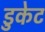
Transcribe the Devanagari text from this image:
डुकेट